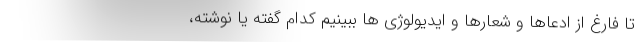
تا فارغ از ادعاها و شعارها و ایدیولوژی ها ببینیم کدام گفته یا نوشته،